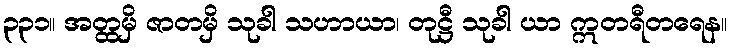
၃၃၁။ အတ္ထမှိ ဇာတမှိ သုခါ သဟာယာ၊ တုဋ္ဌီ သုခါ ယာ ဣတရီတရေန။